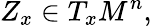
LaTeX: Z_{x}\in T_{x}M^{n},